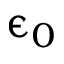
\upepsilon _ { 0 }